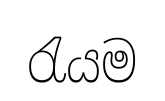
රැයම